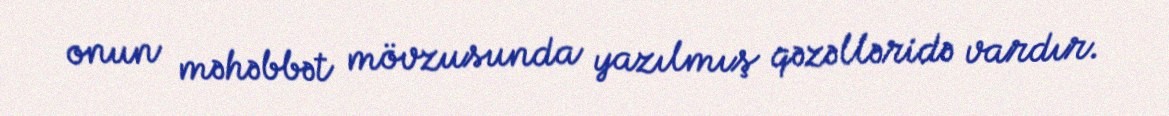
onun məhəbbət mövzusunda yazılmış qəzəlləridə vardır.